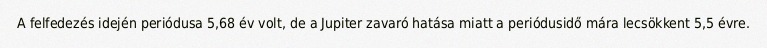
A felfedezés idején periódusa 5,68 év volt, de a Jupiter zavaró hatása miatt a periódusidő mára lecsökkent 5,5 évre.